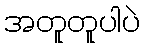
အတူတူပါပဲ